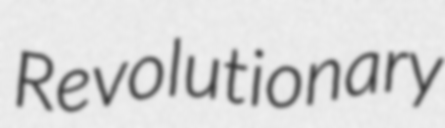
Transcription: Revolutionary